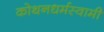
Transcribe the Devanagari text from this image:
कोथनधर्मस्वामी